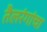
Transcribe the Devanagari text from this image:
तैलरंगांचा